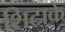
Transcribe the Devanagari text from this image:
शिटाके